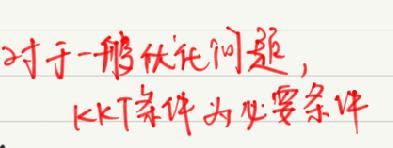
对于一般优化问题，
KKT条件为必要条件